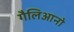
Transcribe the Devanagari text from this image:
गैलिआनो